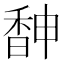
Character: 𩡃